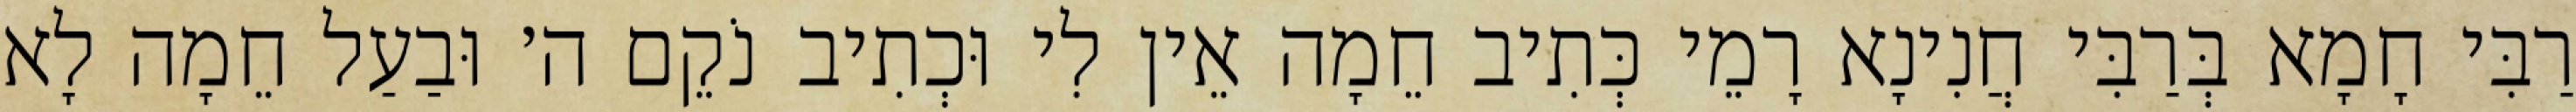
רַבִּי חָמָא בְּרַבִּי חֲנִינָא רָמֵי כְּתִיב חֵמָה אֵין לִי וּכְתִיב נֹקֵם ה׳ וּבַעַל חֵמָה לָא